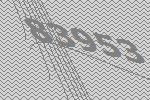
83953